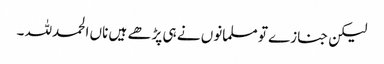
لیکن جنازے تو مسلمانوں نے ہی پڑھے ہیں ناں الحمدللہ ۔